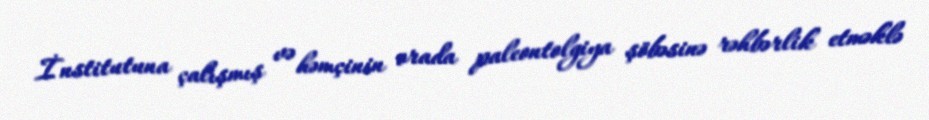
İnstitutuna çalışmış və həmçinin orada paleontolgiya şöbəsinə rəhbərlik etməklə